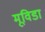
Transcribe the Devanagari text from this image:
मूविडा